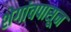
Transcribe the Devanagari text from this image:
शेगांवपासून